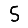
Digit: 5